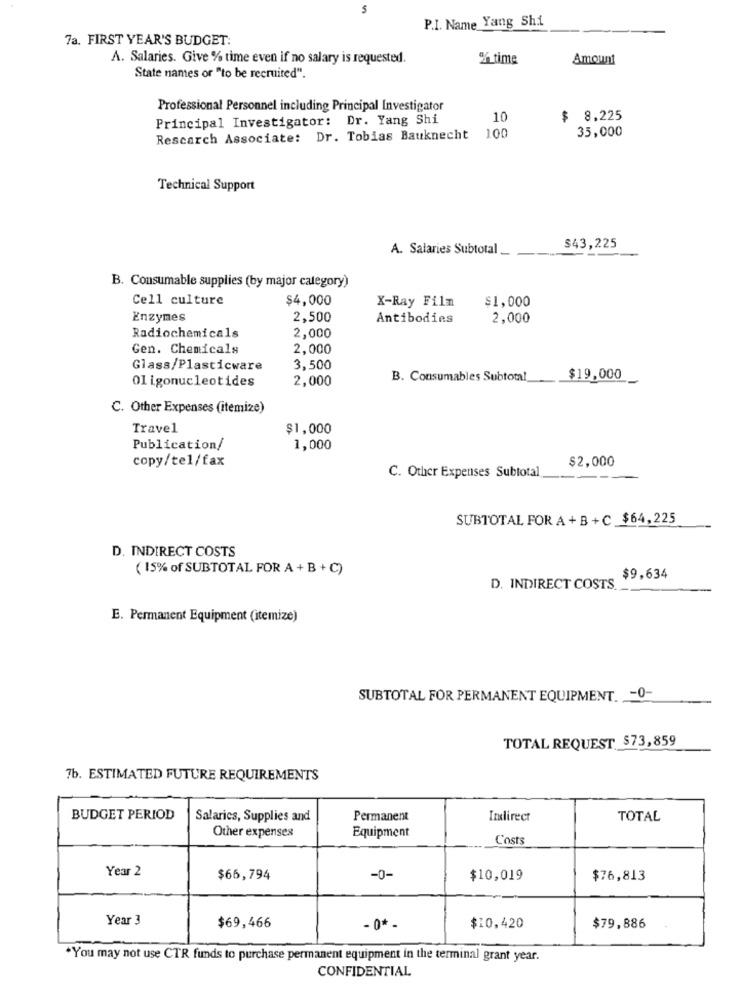
5
P.I. Name Yang Shi
7a. FIRST YEAR'S BUDGET:
A. Salaries. Give % time even if no salary is requested.
% time
Amount
State nantes or "to be recruited".
Professional Personnel including Principal Investigator
Principal Investigator: Dr. Yang Shi
10
$ 8,225
35,000
Rescarch Associate: Dr. Tobias Bauknecht 100
Technical Support
A. Salaries Subtotal __
$43,225
B. Consumable supplies (by major category)
Cell culture
$4,000
X-Ray Film
$1,000
Enzymes
2,500
Antibodies
2,000
Radiochemicals
2,000
Gen. Chemicals
2,000
Glass/Plasticware
3,500
Oligonucleotides
2,000
B. Consumables Subtotal
$19,000
C. Other Expenses (itemize)
Travel
$1,000
Publication/
1,000
copy/tel/fax
$2,000
C. Other Expenses Subtotal
SUBTOTAL FOR A + B + C $64,225
D. INDIRECT COSTS
( 15% of SUBTOTAL FOR A + B + C)
$9,634
D. INDIRECT COSTS
E. Permanent Equipment (itemize)
SUBTOTAL FOR PERMANENT EQUIPMENT. - 0-
TOTAL REQUEST $73,859
7b. ESTIMATED FUTURE REQUIREMENTS
BUDGET PERIOD
Salaries, Supplies and
Permanent
Indirect
TOTAL
Other expenses
Equipment
Costs
Year 2
$66,794
-0-
$10,019
$76,813
Year 3
$69,466
- 0* -
$10,420
$79,886
.You may not use CTR funds to purchase permanent equipment in the terminal grant year.
CONFIDENTIAL